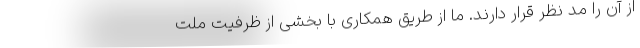
از آن را مد نظر قرار دارند. ما از طریق همکاری با بخشی از ظرفیت ملت